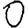
Digit: 0